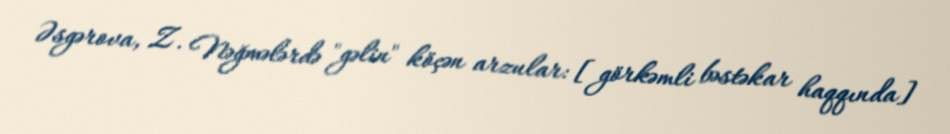
Əsgərova, Z. Nəğmələrdə "gəlin" köçən arzular: [görkəmli bəstəkar haqqında]